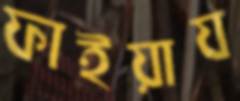
ফাইয়ায